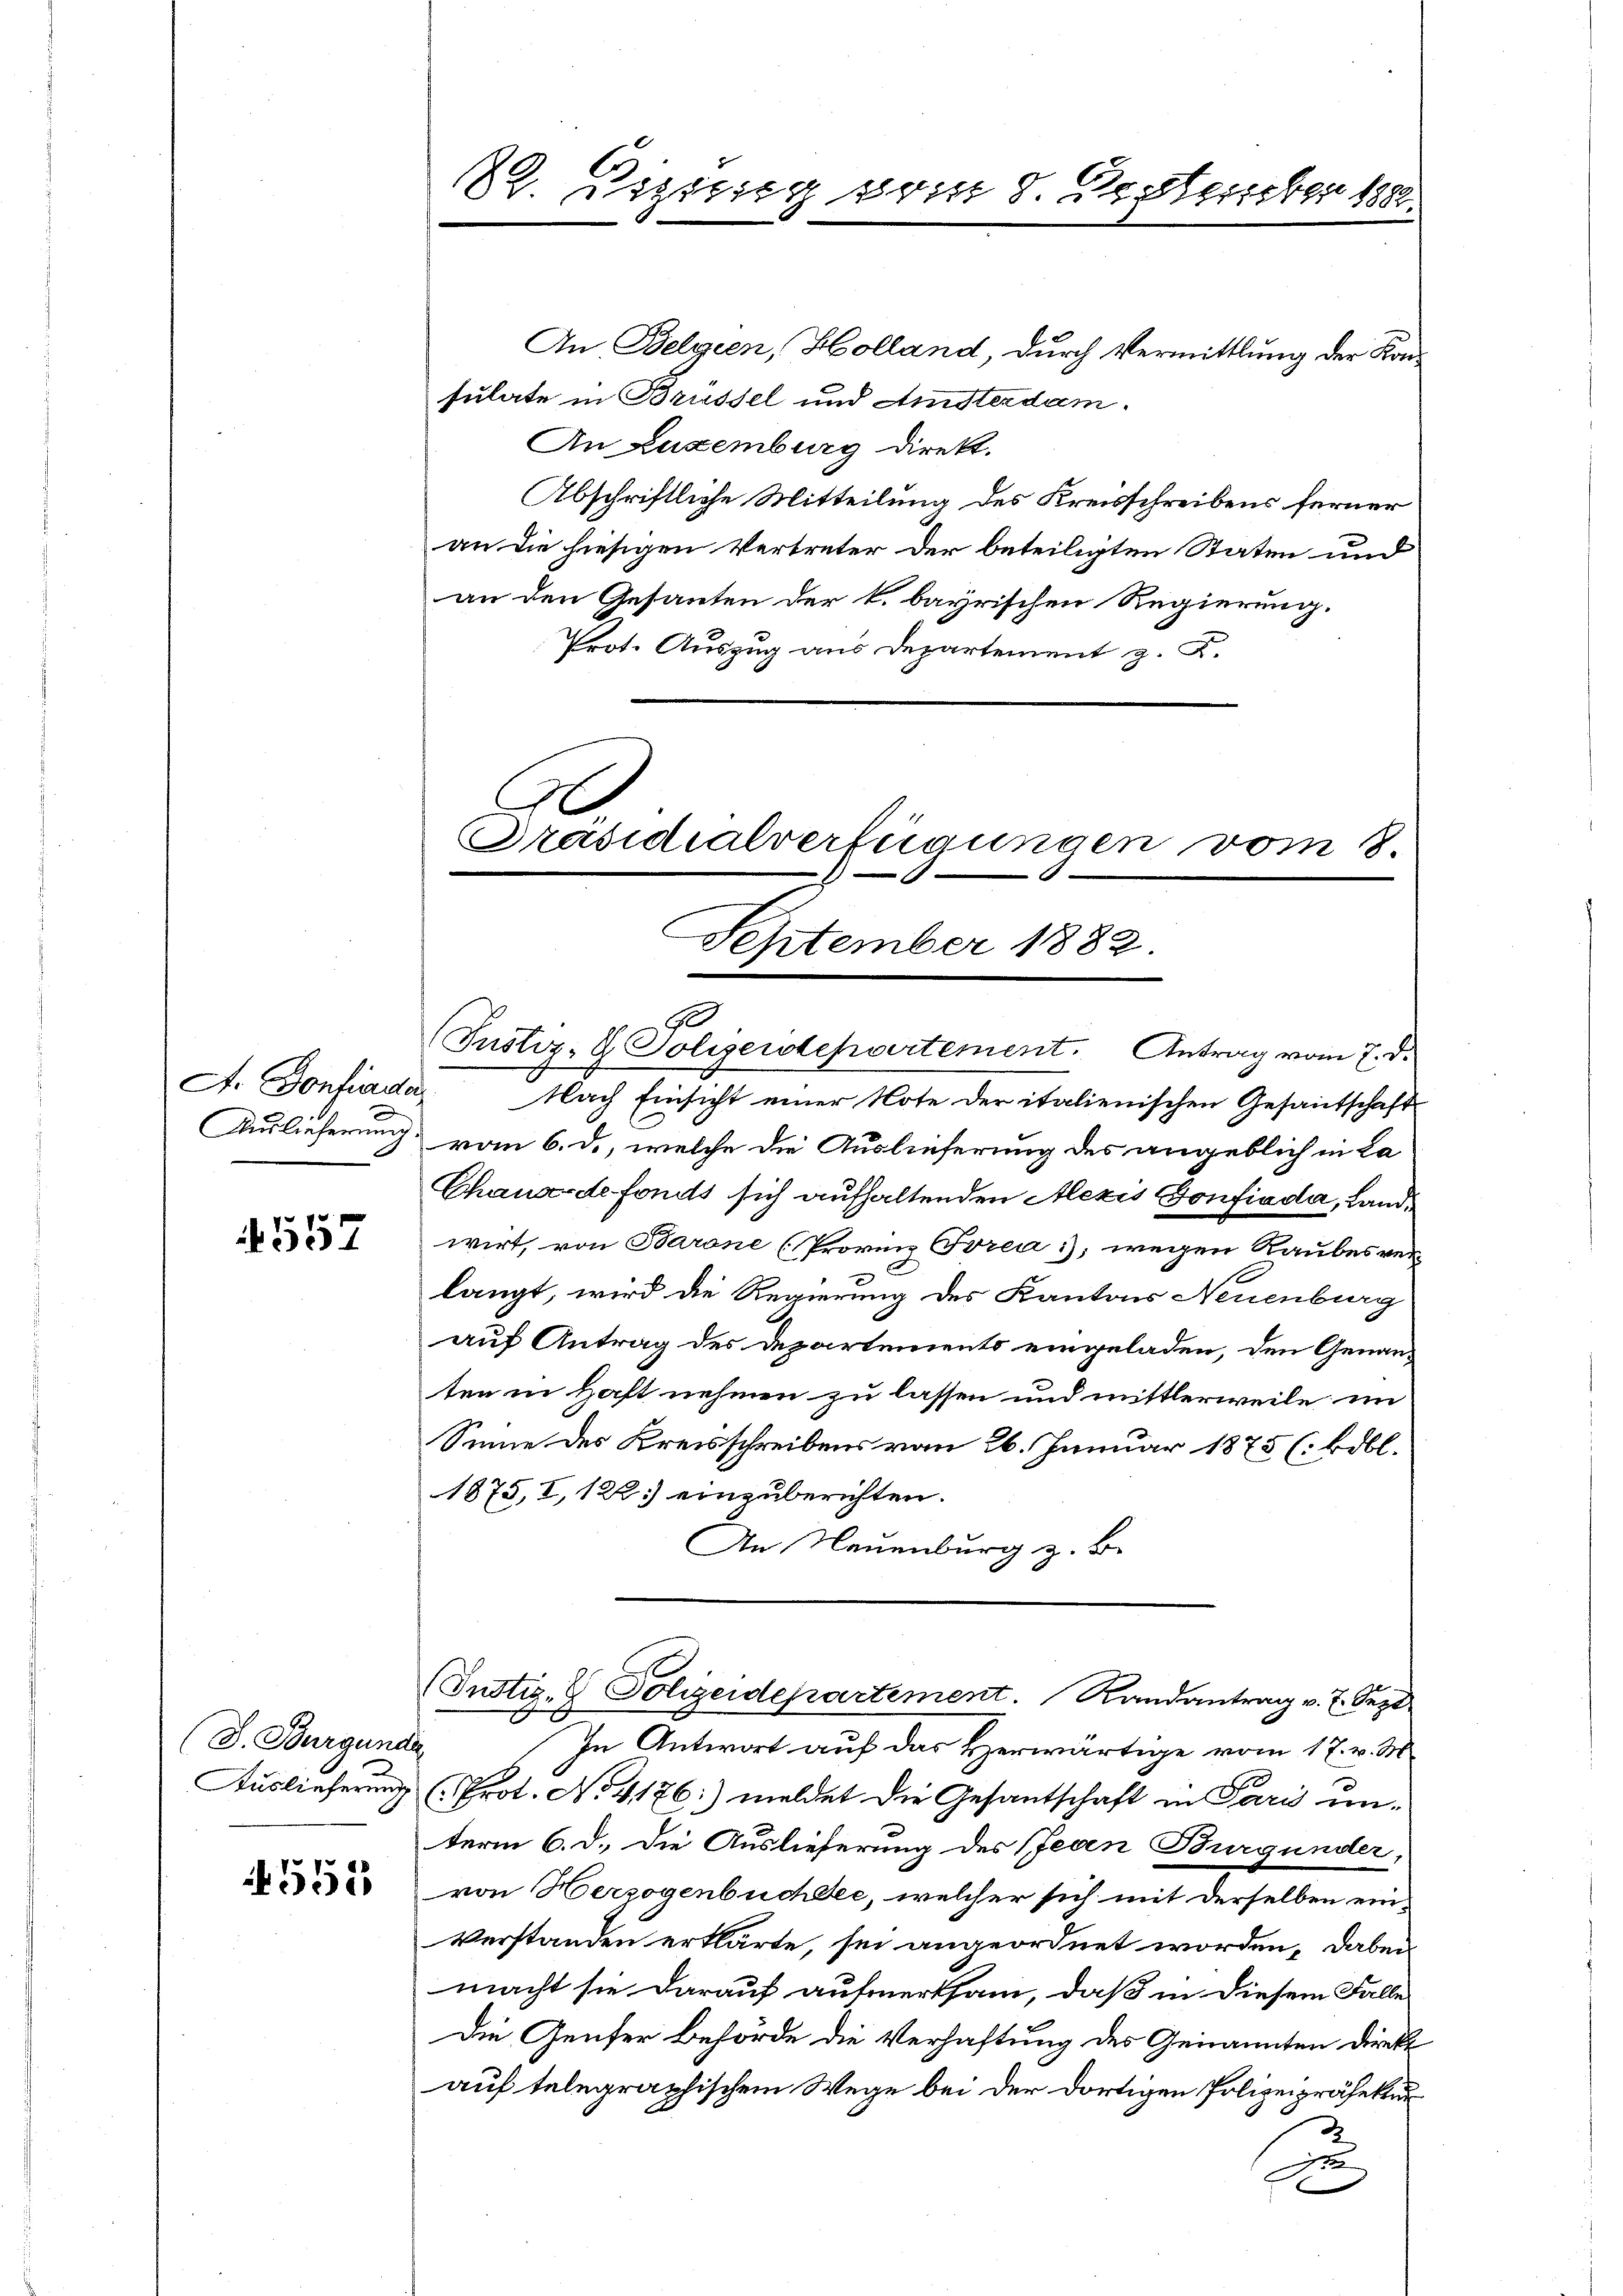
A. Bonfiada
Auslieferung.

4557

D. Burgunde

552

An Belgien, Holland, durch Vermittlung der Konsulate in Brüssel und Amsterdam.
An Euxemburg direkt.
Abschriftliche Mitteilung des Kreisschreibens ferner
an die hiesigen Vertreter der beteiligten Staten und
an den Gesanten der k. bayrischen Regierung.
Prot. Auszug aus Departement z. K.

82. Vizstieg soit 8. September 1882

.
September 1882.

Präsidialverfügungen vom 8.

90
Justiz, L. Polizerdepartement. Antrag vom 7. d.
Nach Einsicht einer Note der italienischen Gesandschaft
vom 6. d., welche die Auslieferung des angeblich in La
Chanade fonds sich aufhaltenden Alexis Confiada, Landwirt, von Barone (Provinz Torea); wegen Raubes vere
langt, wird die Regierung des Kantons Neuenburg
auf Antrag des Departements eingeladen, den Genanten in Haft nehmen zu lassen und mittlerweile im
Sinne des Kreisschreibens vom 26. Januar 1875 (: bibl.
1875, I, 122) einzuberichten.
An Neuenburg z. B.
(Justiz- & Polizeidepartement. Randantrag v. 7. Sept
In Antwort auf das Herwärtige vom 17. v. M.
Auslieferung (Prot. No. 4176:) meldet die Gesandtschaft in Paris unterm 6. d. Die Auslieferung des Jeden Burgunder,
von Herzogenbüchsee, welcher sich mit derselben ein-
Verstanden erklärte, sei angeordnet worden, dabei
macht sie darauf aufmerksam, daß in diesem Falle
Die Genfer Behörde die Verhaftung des Genannten direkt
auf telegraphischem Wege bei der dortigen Polizeipräsekur
u